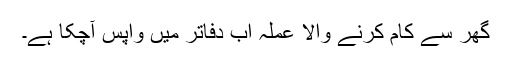
گھر سے کام کرنے والا عملہ اب دفاتر میں واپس آچکا ہے۔